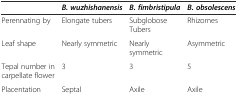
|  | B. wuzhishanensis | B. fimbristipula | B. obsolescens |
 | --- | --- | --- | --- |
 | Perennating by | Elongate tubers | Subglobose Tubers | Rhizomes |
 | Leaf shape | Nearly symmetric | Nearly symmetric | Asymmetric |
 | Tepal number in carpellate flower | 3 | 3 | 5 |
 | Placentation | Septal | Axile | Axile |